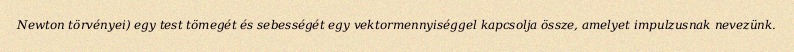
Newton törvényei) egy test tömegét és sebességét egy vektormennyiséggel kapcsolja össze, amelyet impulzusnak nevezünk.